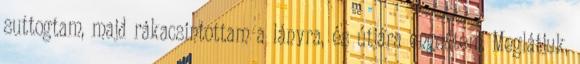
suttogtam, majd rákacsintottam a lányra, és útjára engedtem. Meglátjuk,